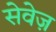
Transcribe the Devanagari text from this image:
सेवेज़